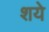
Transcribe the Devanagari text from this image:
शये